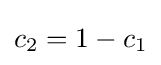
c_{2}=1-c_{1}